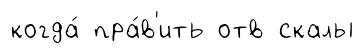
когда́ пра́в'ить отв скалы